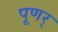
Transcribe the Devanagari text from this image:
पूणर्